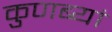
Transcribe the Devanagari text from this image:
कुणब्यां